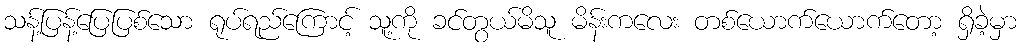
သန့်ပြန့်ပြေပြစ်သော ရုပ်ရည်ကြောင့် သူ့ကို ခင်တွယ်မိသူ မိန်းကလေး တစ်ယောက်ယောက်တော့ ရှိခဲ့မှာ